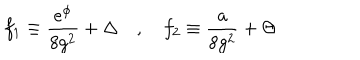
f _ { 1 } \equiv { \frac { e ^ { \phi } } { 8 g ^ { 2 } } } + \Delta \quad , \quad f _ { 2 } \equiv { \frac { a } { 8 g ^ { 2 } } } + \Theta